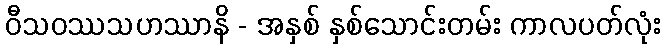
ဝီသဝဿသဟဿာနိ - အနှစ် နှစ်သောင်းတမ်း ကာလပတ်လုံး